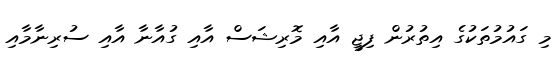
މި ގައުމުތަކުގެ އިތުރުން ފިޖީ އާއި މޮރިޝަސް އާއި ގުއާނާ އާއި ސުރިނާމާއި